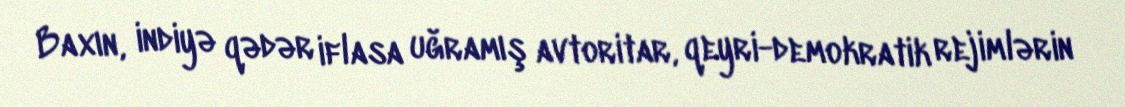
Baxın, indiyə qədər iflasa uğramış avtoritar, qeyri-demokratik rejimlərin